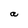
Character: a